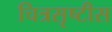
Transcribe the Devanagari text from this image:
चित्रसृष्टीस